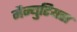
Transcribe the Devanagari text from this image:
मैन्युटियस